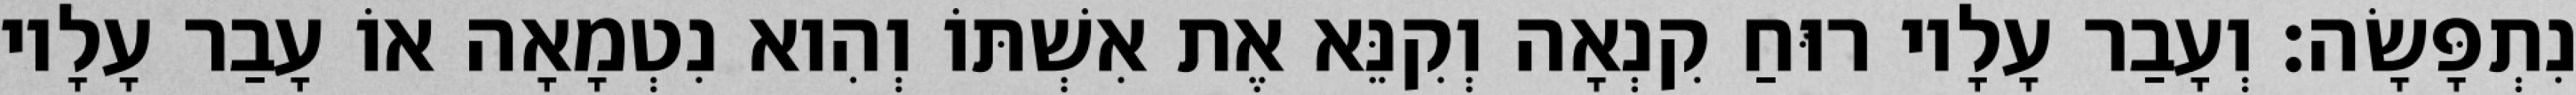
נִתְפָּשָׂה׃ וְעָבַר עָלָיו רוּחַ קִנְאָה וְקִנֵּא אֶת אִשְׁתּוֹ וְהִוא נִטְמָאָה אוֹ עָבַר עָלָיו